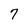
Character: 7